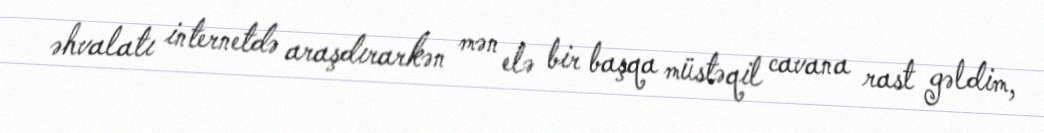
əhvalatı internetdə araşdırarkən mən elə bir başqa müstəqil cavana rast gəldim,